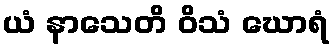
ယံ နာသေတိ ဝိသံ ဃောရံ